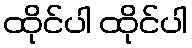
ထိုင်ပါ ထိုင်ပါ